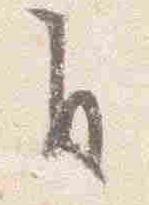
自